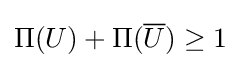
\Pi (U)+\Pi ({\overline {U}})\geq 1